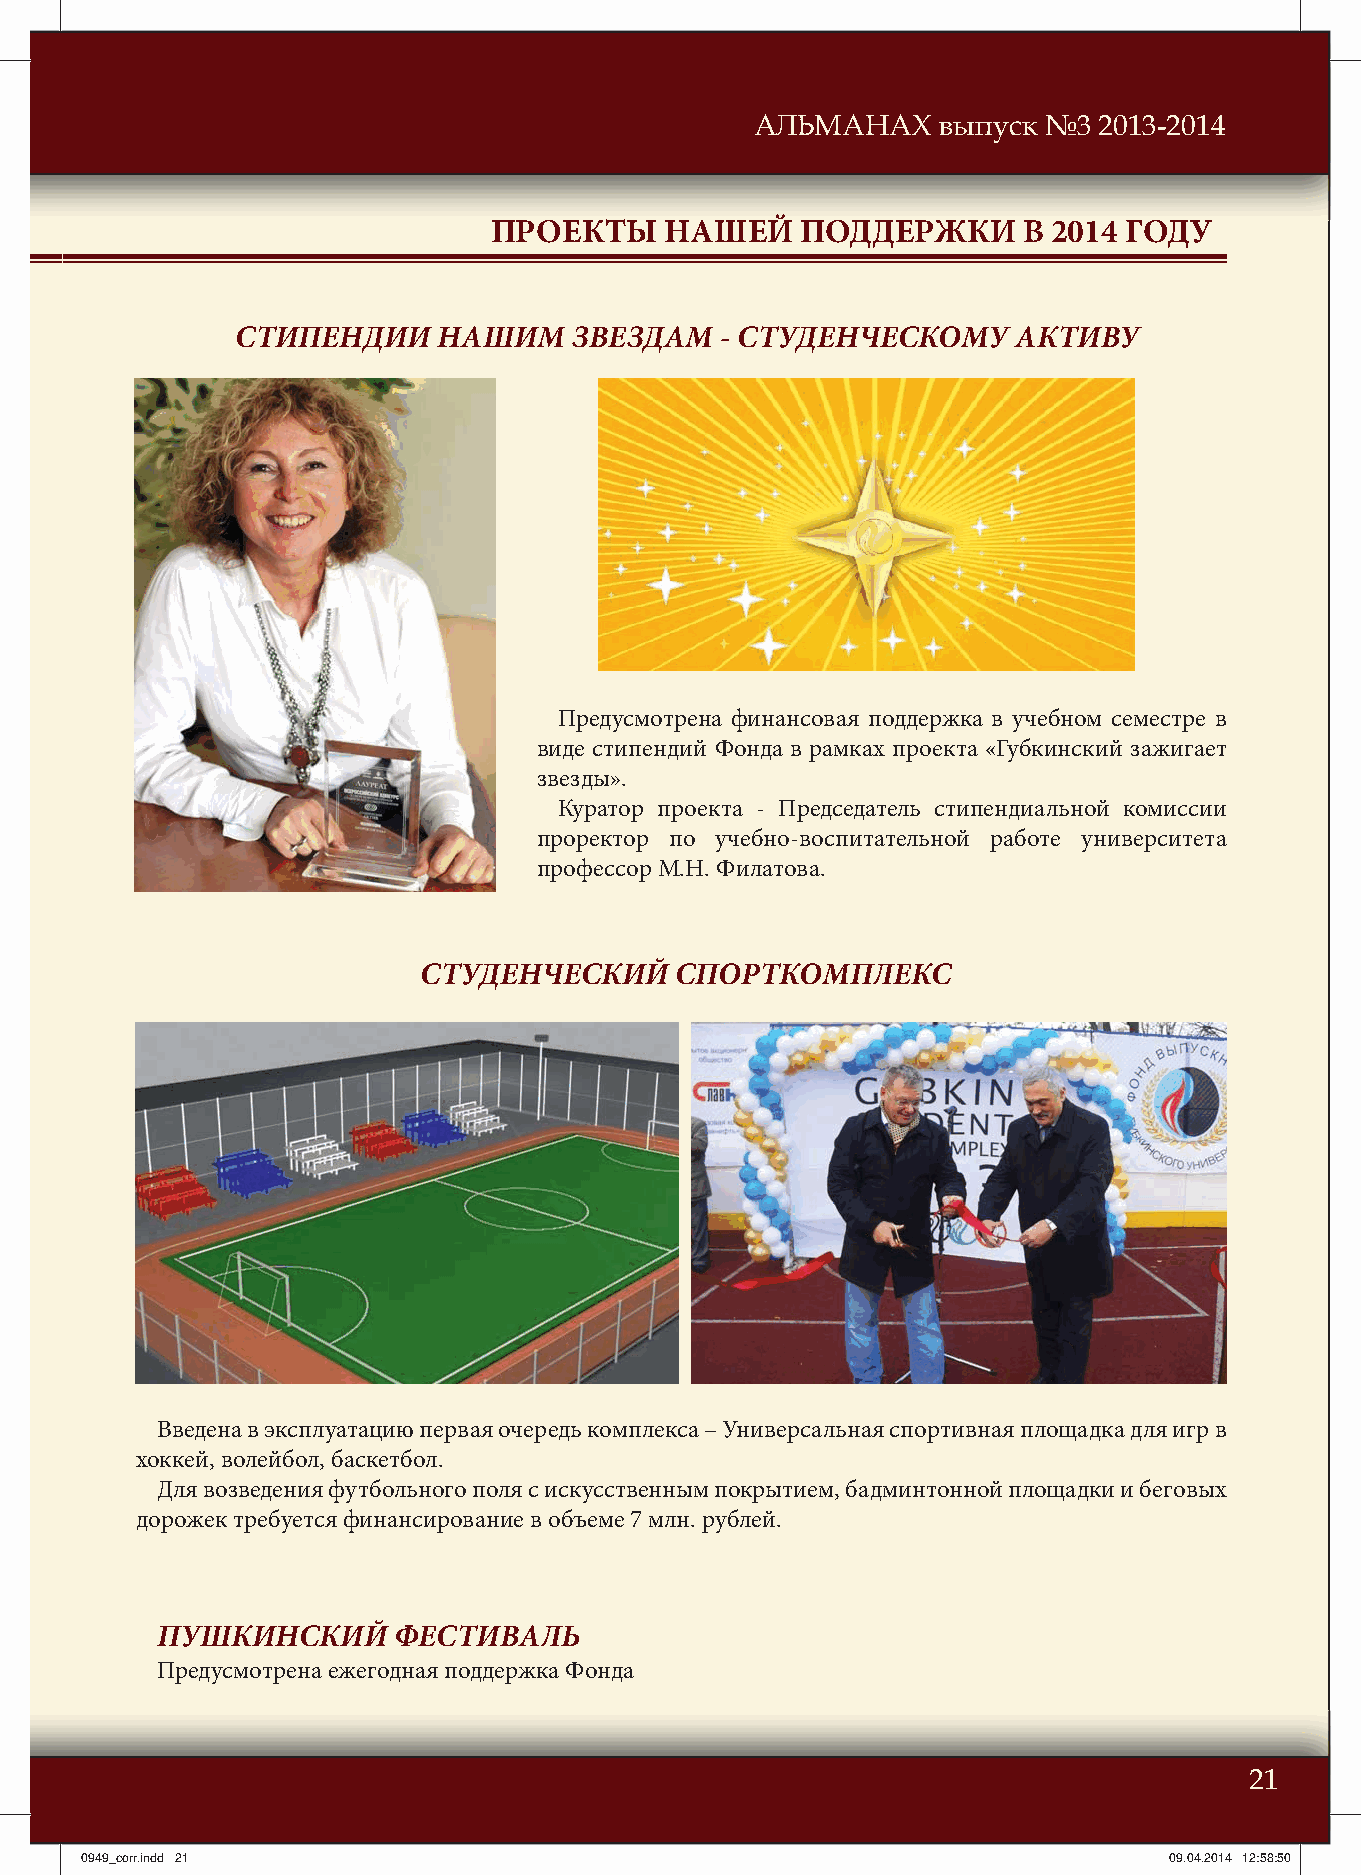
АЛЬМАНАХ    выпуск №3  2013-2014
 ПРОЕКТЫ     НАШЕЙ    ПОДДЕРЖКИ      В 2014 ГОДУ
 СТИПЕНДИИ    НАШИМ    ЗВЕЗДАМ   - СТУДЕНЧЕСКОМУ    АКТИВУ
 Предусмотрена финансовая поддержка в учебном семестре в
 виде стипендий Фонда в рамках проекта «Губкинский зажигает
 звезды».
 Куратор проекта - Председатель стипендиальной комиссии
 проректор по учебно-воспитательной работе университета
 профессор М.Н. Филатова.
 СТУДЕНЧЕСКИЙ     СПОРТКОМПЛЕКС
 Введена в эксплуатацию первая очередь комплекса – Универсальная спортивная площадка для игр в
 хоккей, волейбол, баскетбол.
 Для возведения футбольного поля с искусственным покрытием, бадминтонной площадки и беговых
 дорожек требуется финансирование в объеме 7 млн. рублей.
 ПУШКИНСКИЙ      ФЕСТИВАЛЬ
 Предусмотрена ежегодная поддержка Фонда
 21
 00994499__ccoorrrr..iinndddd 2211                                       0099..0044..22001144 1122::5588::5500